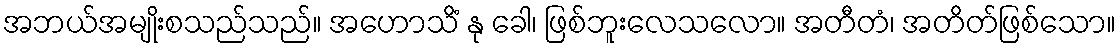
အဘယ်အမျိုးစသည်သည်။ အဟောသိံ နု ခေါ၊ ဖြစ်ဘူးလေသလော။ အတီတံ၊ အတိတ်ဖြစ်သော။